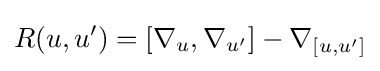
R(u,u')=[\nabla _{u},\nabla _{u'}]-\nabla _{[u,u']}